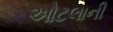
ઓટલાની